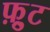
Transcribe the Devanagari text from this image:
फ़्रुट